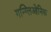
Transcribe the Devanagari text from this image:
गन्ग्लिओनिक